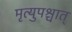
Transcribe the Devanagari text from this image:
मृत्युपश्चात्